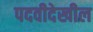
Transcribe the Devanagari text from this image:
पदवीदेखील